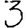
Digit: 3